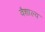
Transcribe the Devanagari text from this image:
वैशाल्य